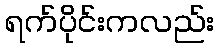
ရက်ပိုင်းကလည်း